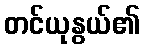
တင်ယုနွယ်၏